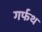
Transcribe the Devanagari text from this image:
गर्फथ